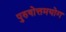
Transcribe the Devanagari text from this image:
पुरुषोत्तमयोग